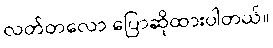
လတ်တလော ပြောဆိုထားပါတယ်။